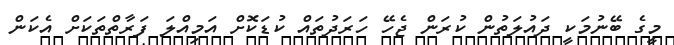
މީގެ ބޭނުމަކީ ދައުލަތުން ކުރަން ޖެހޭ ހަރަދުތައް ކުޑަކޮށް އަމިއްލަ ފަރާތްތަކަށް އެކަން